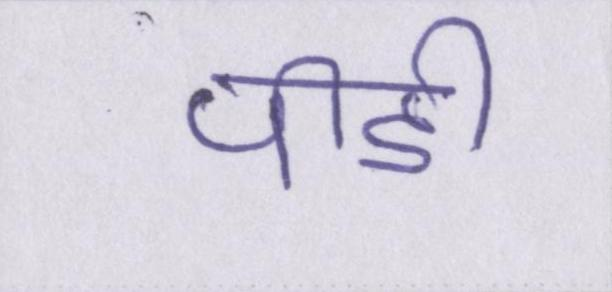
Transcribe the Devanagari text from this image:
पीडी